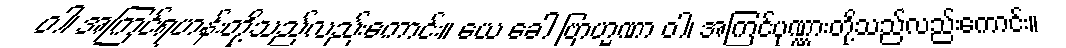
ဝါ၊ အကြင်ရဟန်းတို့သည်လည်းကောင်း။ ယေ ခေါ ဗြာဟ္မဏာ ဝါ၊ အကြင်ပုဏ္ဏားတို့သည်လည်းကောင်း။